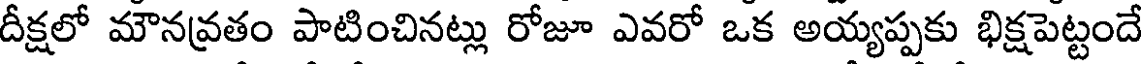
దీక్షలో మౌనవ్రతం పాటించినట్లు రోజూ ఎవరో ఒక అయ్యప్పకు భిక్షపెట్టందే